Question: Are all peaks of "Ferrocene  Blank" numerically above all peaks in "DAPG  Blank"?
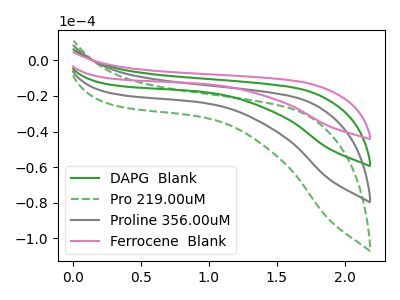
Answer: <think>The green curve "DAPG  Blank" has no peaks. The green dashed curve "Pro 219.00uM" has no peaks. The gray curve "Proline 356.00uM" has no peaks. The pink curve "Ferrocene  Blank" has no peaks.</think>
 <answer>Niether CV has any peaks.</answer>
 <eval>blanks</eval>